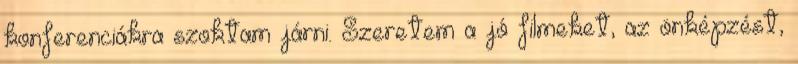
konferenciákra szoktam járni. Szeretem a jó filmeket, az önképzést,